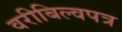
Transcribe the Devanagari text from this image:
वरीबिल्वपत्र